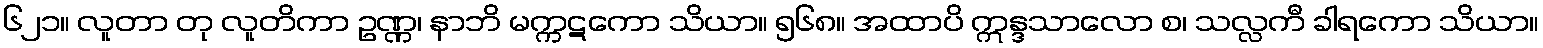
၆၂၁။ လူတာ တု လူတိကာ ဥဏ္ဏ၊ နာဘိ မက္ကဋကော သိယာ။ ၅၆၈။ အထာပိ ဣန္ဒသာလော စ၊ သလ္လကီ ခါရကော သိယာ။